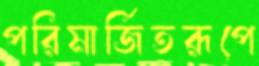
পরিমার্জিতরূপে